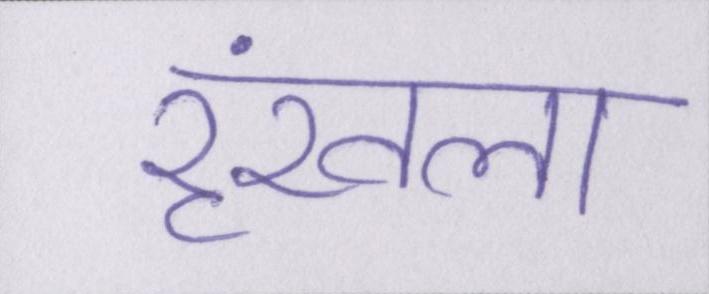
रॄंखला